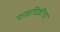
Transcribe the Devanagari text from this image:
फळविक्रीचा